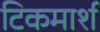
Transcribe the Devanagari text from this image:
टिकमार्श